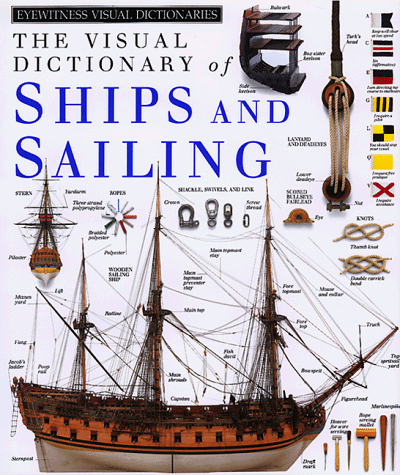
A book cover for Ships and Sailing (DK Visual Dictionaries); DK Publishing; Children's Books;